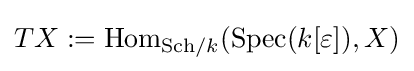
TX:=\operatorname {Hom} _{{\text{Sch}}/k}(\operatorname {Spec} (k[\varepsilon ]),X)